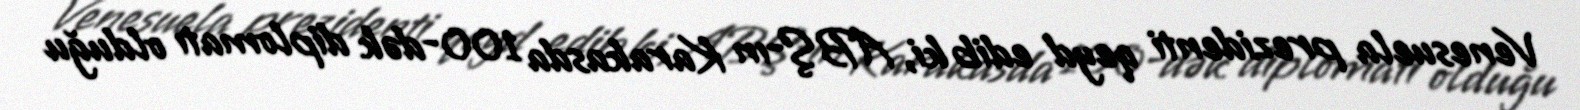
Venesuela prezidenti qeyd edib ki, ABŞ-ın Karakasda 100-dək diplomatı olduğu